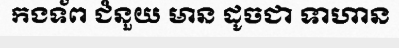
កងទ័ព ជំនួយ មាន ដូចជា ទាហាន